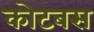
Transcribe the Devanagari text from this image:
कोटबस